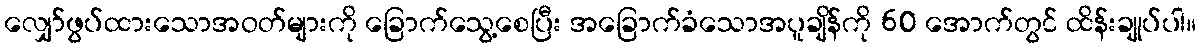
လျှော်ဖွပ်ထားသောအဝတ်များကို ခြောက်သွေ့စေပြီး အခြောက်ခံသောအပူချိန်ကို 60 အောက်တွင် ထိန်းချုပ်ပါ။